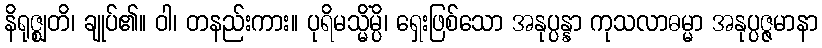
နိရုဇ္ဈတိ၊ ချုပ်၏။ ဝါ၊ တနည်းကား။ ပုရိမသ္မိံမ္ပိ၊ ရှေးဖြစ်သော အနုပ္ပန္နာ ကုသလာဓမ္မာ အနုပ္ပဇ္ဇမာနာ